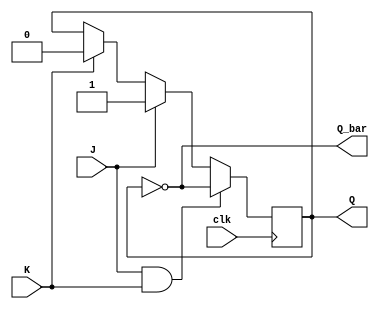
module jk_flip_flop (
    input wire J, // J input
    input wire K, // K input
    input wire clk, // Clock input
    output reg Q, // Output Q
    output reg Q_bar // Output Q'
);

always @(posedge clk) begin
    if (J & K) begin
        Q <= ~Q; // Toggle Q when both J and K are 1
    end else if (J) begin
        Q <= 1; // Set Q to 1 when J is 1
    end else if (K) begin
        Q <= 0; // Reset Q to 0 when K is 1
    end
end

assign Q_bar = ~Q; // Q' is the complement of Q

endmodule